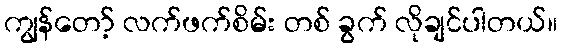
ကျွန်တော့် လက်ဖက်စိမ်း တစ် ခွက် လိုချင်ပါတယ်။